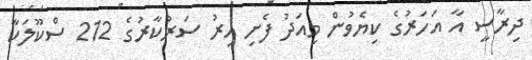
ދިރާސީ އާ އަހަރުގެ ކިޔެވުން މިއަދު ފެށި އިރު ސަރުކާރުގެ 212 ސްކޫލަކާ